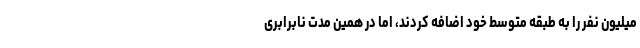
میلیون نفر را به طبقه متوسط خود اضافه کردند، اما در همین مدت نابرابری